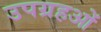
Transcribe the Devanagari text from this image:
उपग्रहओं